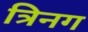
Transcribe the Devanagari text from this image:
त्रिनग